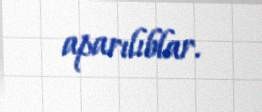
aparılıblar.